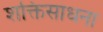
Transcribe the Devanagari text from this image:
शक्तिसाधना